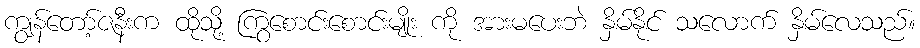
ကျွန်တော့်ဇနီးက ထိုသို့ ကြွစောင်းစောင်းမျိုး ကို အားမပေးဘဲ နှိမ်နိုင် သလောက် နှိမ်လေသည်။